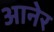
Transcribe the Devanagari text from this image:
आनेर